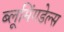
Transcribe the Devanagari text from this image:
ब्लूमिंगडेल्स